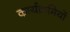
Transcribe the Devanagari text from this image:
कार्यक्रमियों